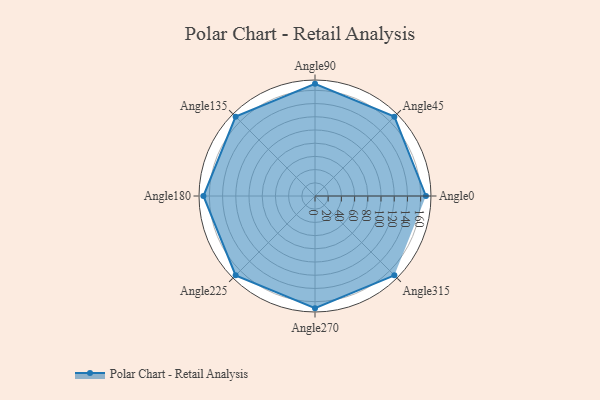
{"axis": {"x": "Angle", "y": "Radius"}, "legend": [""], "data": [{"x": "Angle0", "y": 168.0, "type": ""}, {"x": "Angle45", "y": 170.0, "type": ""}, {"x": "Angle90", "y": 170, "type": ""}, {"x": "Angle135", "y": 170, "type": ""}, {"x": "Angle180", "y": 169.0, "type": ""}, {"x": "Angle225", "y": 170, "type": ""}, {"x": "Angle270", "y": 170, "type": ""}, {"x": "Angle315", "y": 170, "type": ""}]}